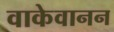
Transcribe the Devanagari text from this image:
वाकेवानन